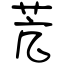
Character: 苀